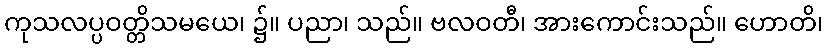
ကုသလပ္ပဝတ္တိသမယေ၊ ၌။ ပညာ၊ သည်။ ဗလဝတီ၊ အားကောင်းသည်။ ဟောတိ၊